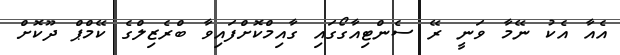
އެއާ އެކު ނޭމާ ވަނީ ރޭ ސެންޓިއާގޯގައި ގާއިމްކޮށްފައިވާ ބްރެޒިލްގެ ކޭމްޕް ދޫކޮށް